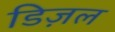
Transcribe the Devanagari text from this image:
डिज़ल